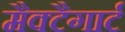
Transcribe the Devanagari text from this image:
मैक्टैगार्ट